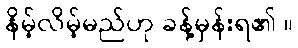
နိမ့်လိမ့်မည်ဟု ခန့်မှန်းရ၏ ။